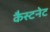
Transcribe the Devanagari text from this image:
कैस्टनेट